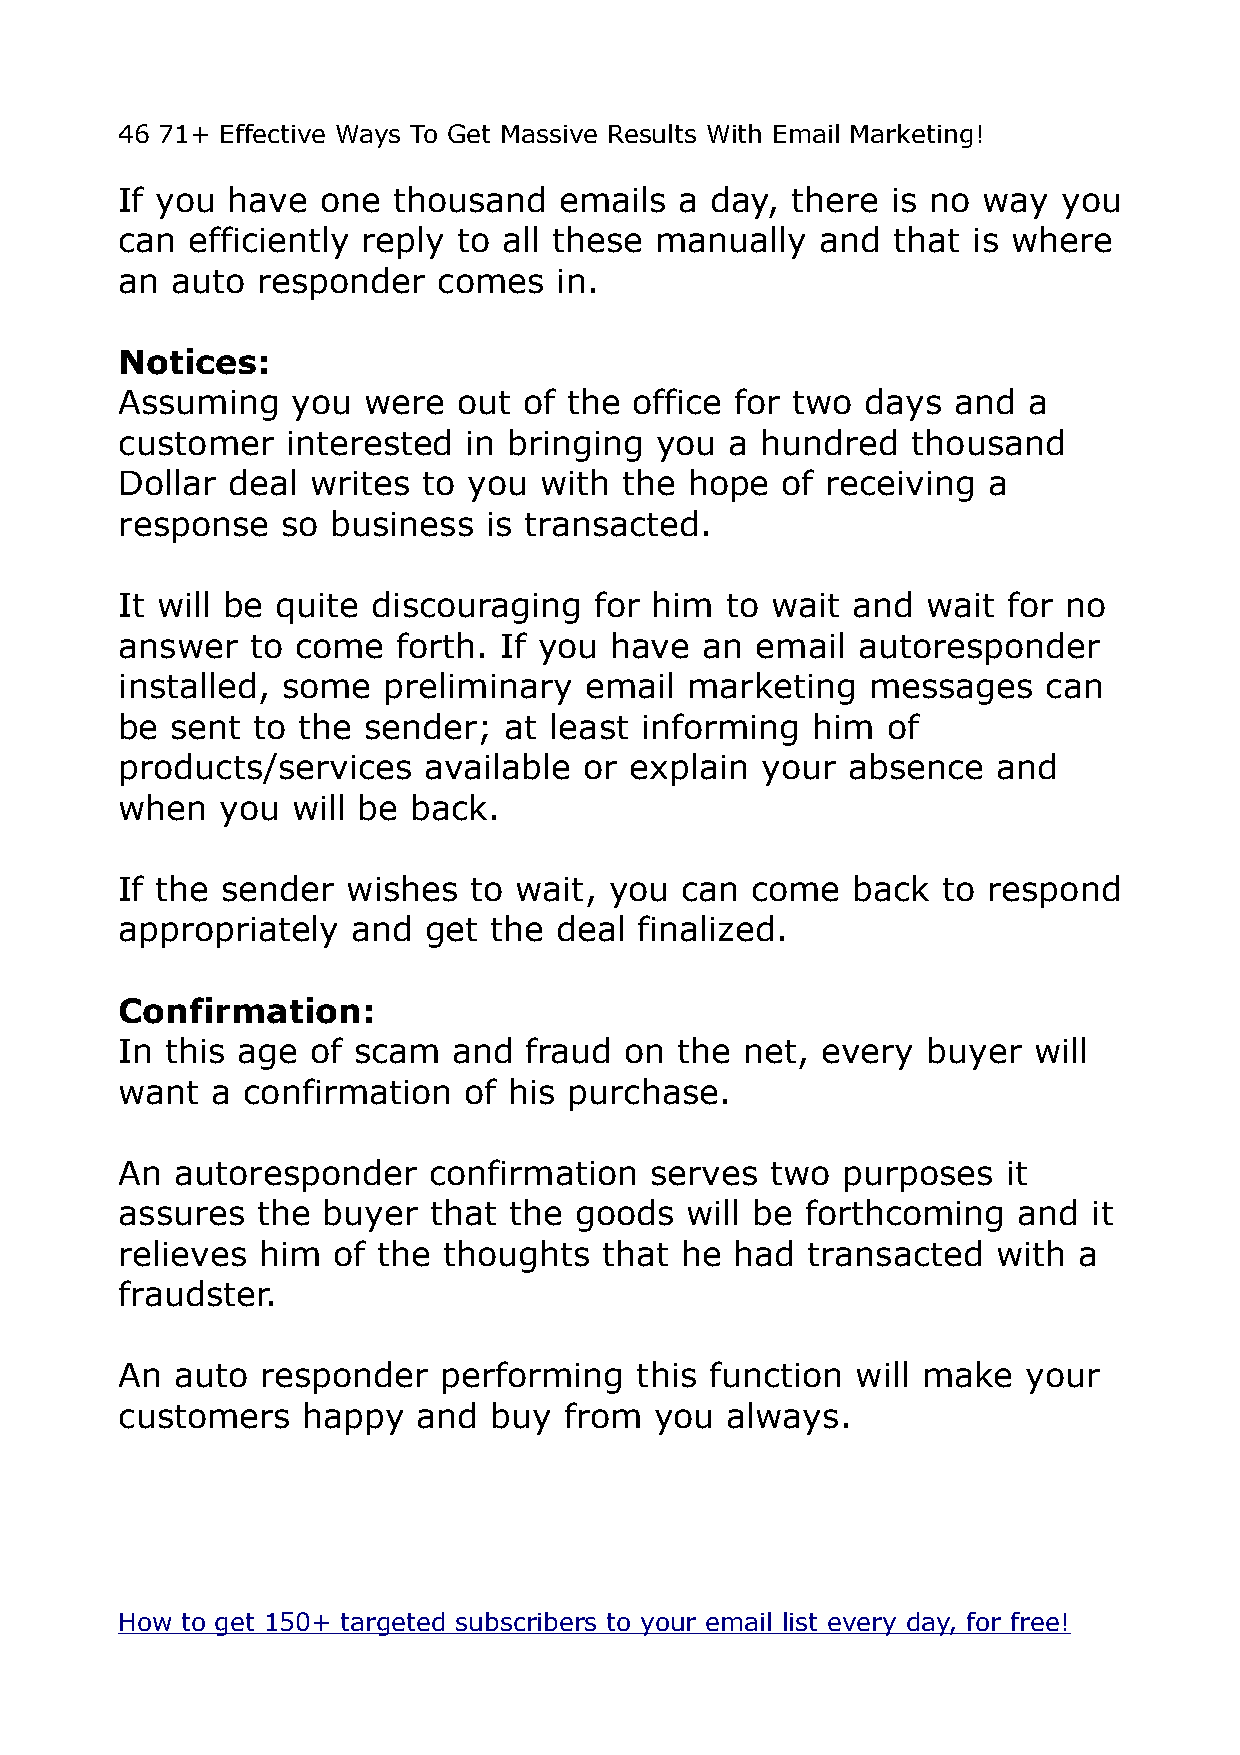
46 71+ Effective Ways To Get Massive Results With Email Marketing!
 If you have  one  thousand   emails  a day, there  is no way  you
 can efficiently reply to all these manually   and  that is where
 an auto  responder   comes   in.
 Notices:
 Assuming   you  were  out  of the office for two days  and  a
 customer   interested  in bringing you  a hundred   thousand
 Dollar deal  writes to you  with the  hope  of receiving a
 response   so business  is transacted.
 It will be quite discouraging  for him  to wait and  wait  for no
 answer   to come  forth. If you have   an email  autoresponder
 installed, some  preliminary   email marketing   messages    can
 be sent  to the sender;  at least informing   him  of
 products/services   available  or explain your  absence   and
 when   you will be back.
 If the sender  wishes  to wait, you  can  come  back  to respond
 appropriately  and  get  the deal finalized.
 Confirmation:
 In this age  of scam  and  fraud on  the net, every  buyer  will
 want  a confirmation   of his purchase.
 An  autoresponder   confirmation   serves  two  purposes   it
 assures  the buyer  that  the goods  will be forthcoming   and  it
 relieves him  of the thoughts   that he  had transacted   with a
 fraudster.
 An  auto responder   performing   this function  will make  your
 customers   happy   and buy  from  you  always.
 How to get 150+ targeted subscribers to your email list every day, for free!